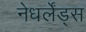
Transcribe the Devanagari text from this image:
नेधर्लेंड्स